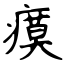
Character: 瘼